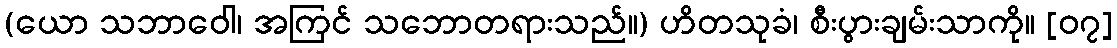
(ယော သဘာဝေါ၊ အကြင် သဘောတရားသည်။) ဟိတသုခံ၊ စီးပွားချမ်းသာကို။ [၀၇]